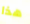
هذا